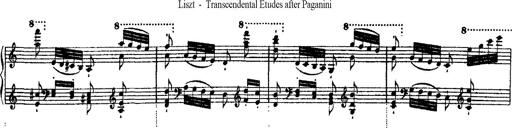
Title: Ã‰tudes d'exÃ©cution transcendante d'aprÃ¨s Paganini
Composer: Franz Liszt